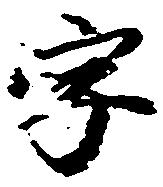
字